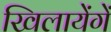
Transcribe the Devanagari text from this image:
खिलायेंगें